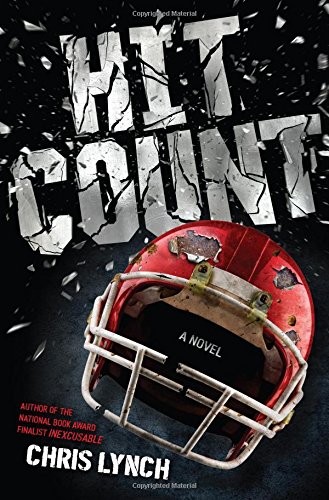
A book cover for Hit Count; Chris Lynch; Teen & Young Adult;